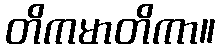
တိကမာတိကာ။